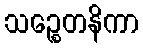
သဉ္စေတနိကာ